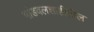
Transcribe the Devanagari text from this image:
भांडवलशाहीतील